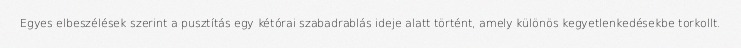
Egyes elbeszélések szerint a pusztítás egy kétórai szabadrablás ideje alatt történt, amely különös kegyetlenkedésekbe torkollt.